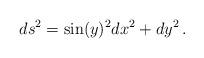
LaTeX: \begin{align*}ds^2=\sin(y)^2dx^2+dy^2\,.\end{align*}